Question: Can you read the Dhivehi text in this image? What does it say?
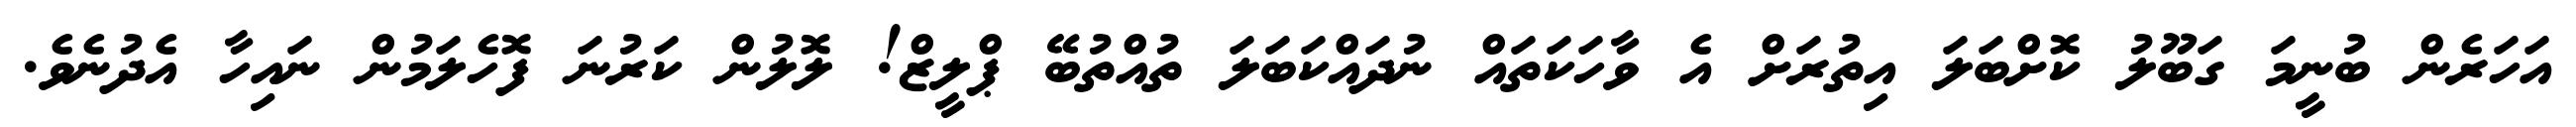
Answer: އަހަރެން ބުނީމަ ގަބޫލު ކޮށްބަލަ އިތުރަށް އެ ވާހަކަތައް ނުދައްކަބަލަ ތުއްތުބޭ ޕްލީޒް! ލޮލުން ކަރުނަ ފޮހެލަމުން ނައިހާ އެދުނެވެ.